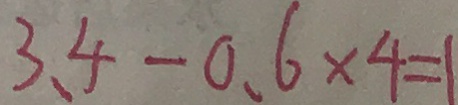
3 . 4 - 0 . 6 \times 4 = 1